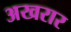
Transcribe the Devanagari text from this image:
अखरार